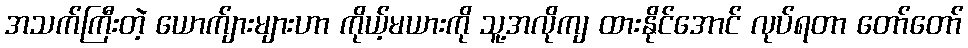
အသက်ကြီးတဲ့ ယောက်ျားများဟာ ကိုယ့်မယားကို သူ့အလိုကျ ထားနိုင်အောင် လုပ်ရတာ တော်တော်